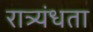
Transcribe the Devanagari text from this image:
रात्र्यंधता